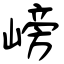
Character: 嵭